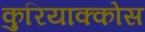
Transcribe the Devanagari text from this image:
कुरियाक्कोस